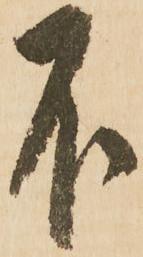
不